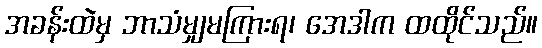
အခန်းထဲမှ ဘာသံမျှမကြားရ၊ အေဒါက ထထိုင်သည်။